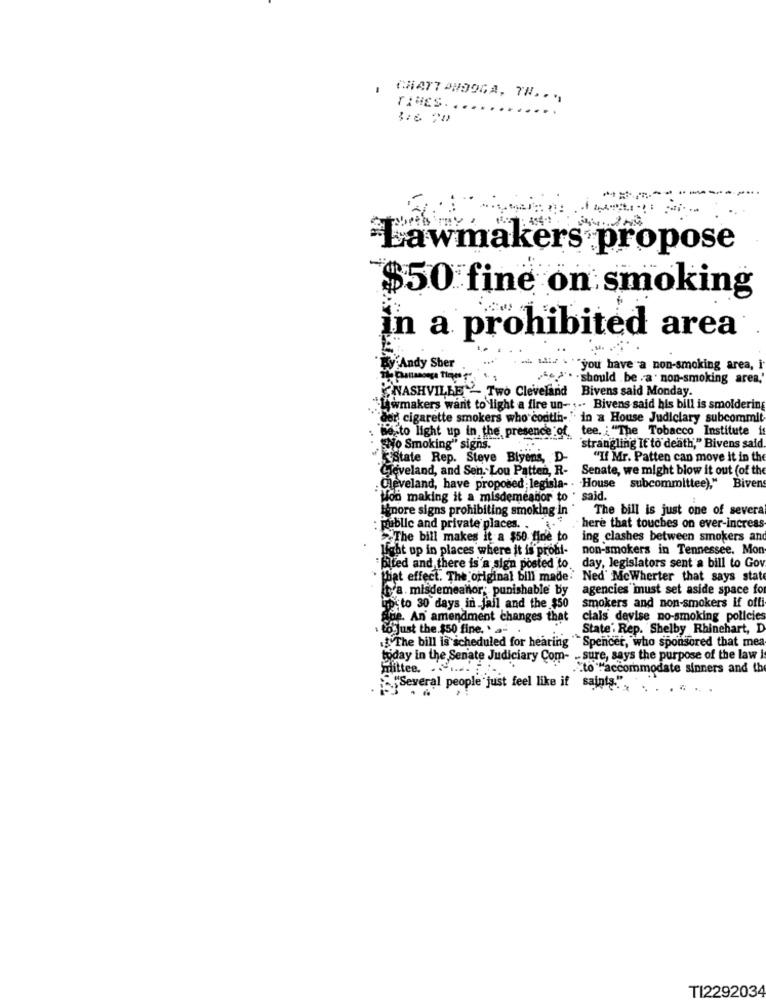
CHATTANOOGA, TH. . ..
TIMES. ..
----- --
Lawmakers propose
$50 fine on smoking
in a prohibited area
Andy Sher
"you have a non-smoking area, i
. . should . be . a . non-smoking area,'
NASHVILLE - Two Cleveland Bivens said Monday.
hwmakers want to light a fire un- ... Bivens said his bill is smoldering
der cigarette smokers who contin- " in a House Judiciary subcommit
hecto light up in the presence of tea. "The Tobacco Institute in
", "No Smoking" signs.
"strangling It to death," Bivens said.
"Estate Rep. Steve Biyens, D-
"If Mr. Patten can move it in the
Cleveland, and Sen. Lou Patten, R-
Senate, we might blow it out (of the
. Cleveland, have proposed; legisla- . House subcommittee),"
Biven
Hon making it a misdemeanor to . said.
Inore signs prohibiting smoking in "
The bill is just one of severa
: public and private places. . .
here that touches on ever-increas
The bill makes it a $50 fine to
ing clashes between smokers and
light up in places where it is prohi-
non-smokers in Tennessee. Mon
bited and there is'a sign posted to.
day, legislators sent a bill to Gov
that effect. The original bill made. Ned' McWherter that says state
tra . misdemeanor; punishable by
agencies must set aside space for
into 30 days in jail and the $50
smokers and non-smokers if offi
of An amendment changes that
cials devise no-smoking policies
. to Just the $50 fine. ' a-
State' Rep. Shelby Rhinehart, D
The bill is scheduled for hearing " Spencer, who sponsored that mea
- sure, says the purpose of the law i
mittee. . ....
today in the Senate Judiciary Com to accommodate sinners and th
"Several people just feel like it saints", "
TI2292034